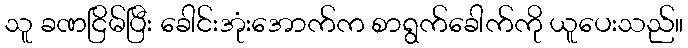
သူ ခဏငြိမ်ပြီး ခေါင်းအုံးအောက်က စာရွက်ခေါက်ကို ယူပေးသည်။